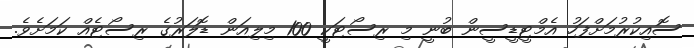
ސޮއިކުރުމަށްފަހު އެމްޓީޑީސީން ބުނީ މި ރިސޯޓަކީ 100 މިލިއަން ޑޮލަރުގެ ރިސޯޓެއް ކަމަށެވެ.